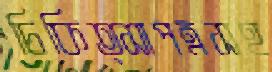
চিকিত্সাপত্রসহ